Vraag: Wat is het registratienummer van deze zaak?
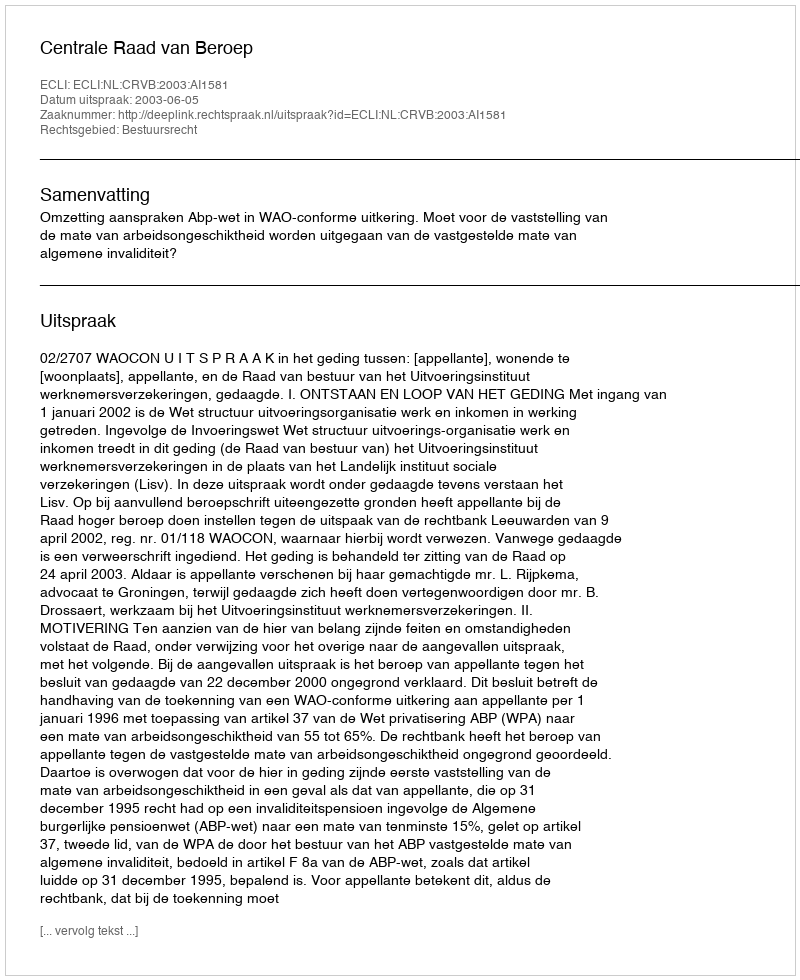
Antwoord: http://deeplink.rechtspraak.nl/uitspraak?id=ECLI:NL:CRVB:2003:AI1581